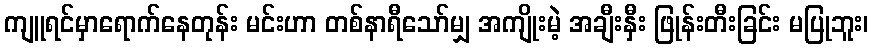
ကျူရင်မှာရောက်နေတုန်း မင်းဟာ တစ်နာရီသော်မျှ အကျိုးမဲ့ အချီးနှီး ဖြုန်းတီးခြင်း မပြုဘူး၊